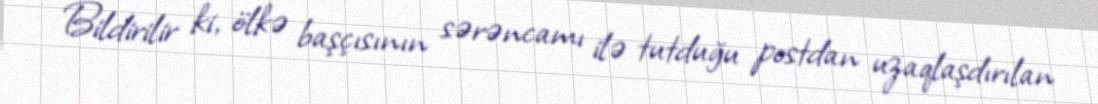
Bildirilir ki, ölkə başçısının sərəncamı ilə tutduğu postdan uzaqlaşdırılan